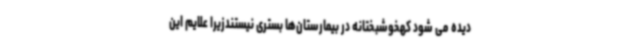
دیده می شود کهخوشبختانه در بیمارستان‌ها بستری نیستندزیرا علایم این